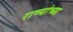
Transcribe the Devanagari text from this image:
राण्यांच्या